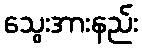
သွေးအားနည်း